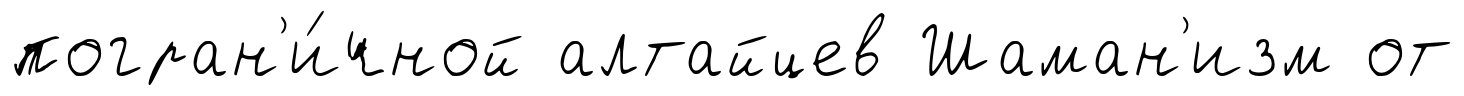
погран'и́чной алтайцев Шаман'изм от